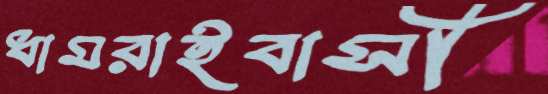
ধামরাইবাসী